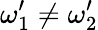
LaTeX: \omega_{1}^{\prime}\neq\omega_{2}^{\prime}